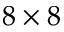
8 \times 8